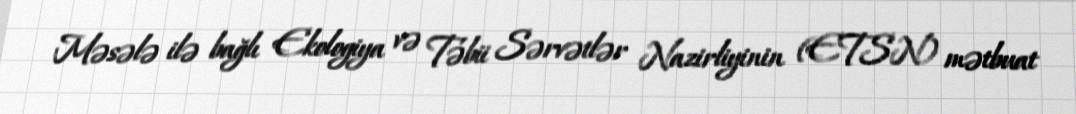
Məsələ ilə bağlı Ekologiya və Təbii Sərvətlər Nazirliyinin (ETSN) mətbuat